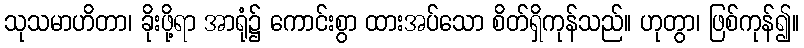
သုသမာဟိတာ၊ ခိုးဖို့ရာ အာရုံ၌ ကောင်းစွာ ထားအပ်သော စိတ်ရှိကုန်သည်။ ဟုတွာ၊ ဖြစ်ကုန်၍။